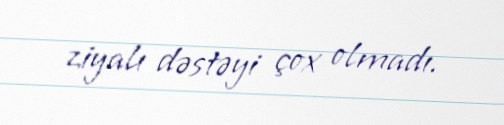
ziyalı dəstəyi çox olmadı.